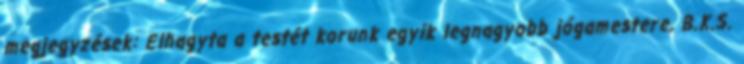
megjegyzések: Elhagyta a testét korunk egyik legnagyobb jógamestere, B.K.S.